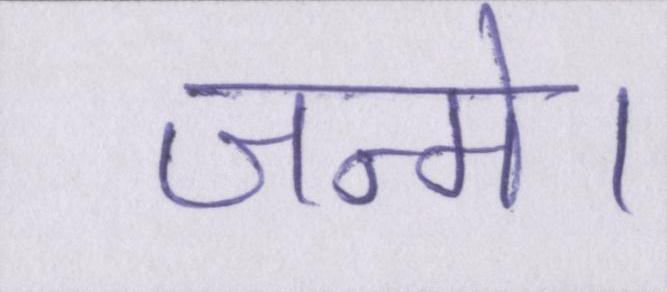
जन्मे।